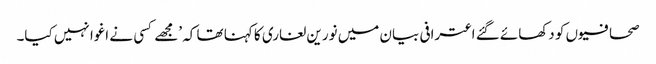
صحافیوں کو دکھائے گئے اعترافی بیان میں نورین لغاری کا کہنا تھا کہ ’مجھے کسی نے اغوا نہیں کیا۔